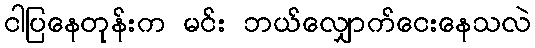
ငါပြနေတုန်းက မင်း ဘယ်လျှောက်ငေးနေသလဲ